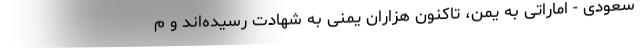
سعودی - اماراتی به یمن، تاکنون هزاران یمنی به شهادت رسیده‌اند و م